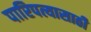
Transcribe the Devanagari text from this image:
पारिपत्यासाठी